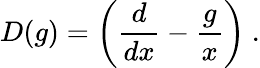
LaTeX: D(g)=\left(\frac{d}{dx}-\frac{g}{x}\right)~.